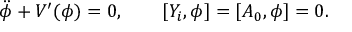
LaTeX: \ddot { \phi } + V ^ { \prime } ( \phi ) = 0 , \qquad [ Y _ { i } , \phi ] = [ A _ { 0 } , \phi ] = 0 .